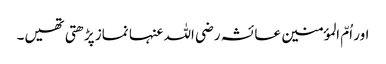
اور اُمّ المؤمنین عائشہ رضی اللہ عنہا نماز پڑھتی تھیں۔